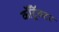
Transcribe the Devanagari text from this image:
कॉँट्रॅक्टर